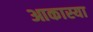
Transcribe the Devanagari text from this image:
आकास्या